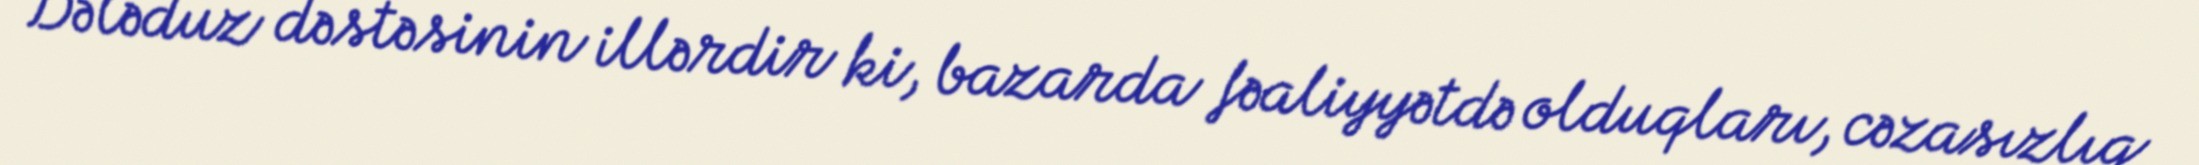
Dələduz dəstəsinin illərdir ki, bazarda fəaliyyətdə olduqları, cəzasızlıq